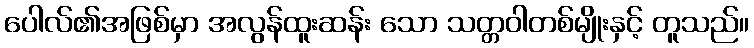
ပေါလ်၏အဖြစ်မှာ အလွန်ထူးဆန်း သော သတ္တဝါတစ်မျိုးနှင့် တူသည်။